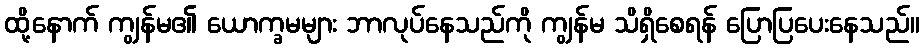
ထို့နောက် ကျွန်မ၏ ယောက္ခမများ ဘာလုပ်နေသည်ကို ကျွန်မ သိရှိစေရန် ပြောပြပေးနေသည်။